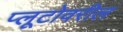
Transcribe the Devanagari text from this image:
प्लूटोवरील